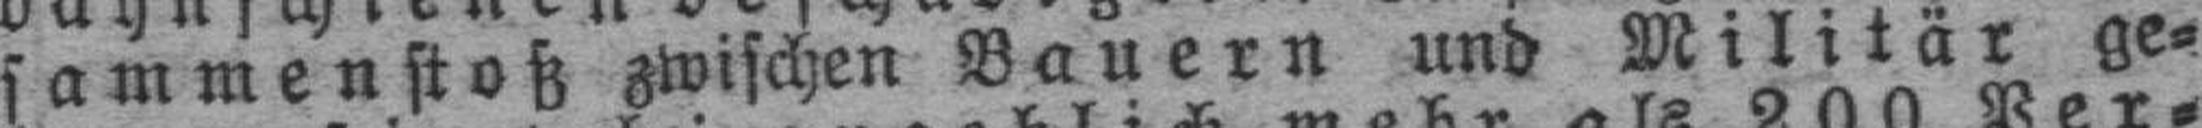
sammenstoß zwischen Bauern und Militär ge¬